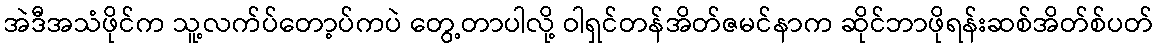
အဲဒီအသံဖိုင်က သူ့လက်ပ်တော့ပ်ကပဲ တွေ့တာပါလို့ ဝါရှင်တန်အိတ်ဇမင်နာက ဆိုင်ဘာဖိုရန်းဆစ်အိတ်စ်ပတ်